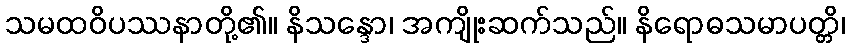
သမထဝိပဿနာတို့၏။ နိသန္ဒော၊ အကျိုးဆက်သည်။ နိရောဓသမာပတ္တိ၊